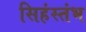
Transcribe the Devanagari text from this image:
सिहंस्तंभ